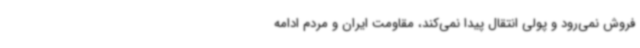
فروش نمی‌رود و پولی انتقال پیدا نمی‌کند، مقاومت ایران و مردم ادامه